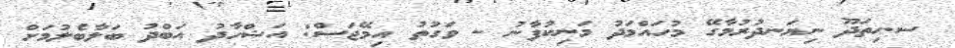
ސ.ހިތަދޫ ނިޔަނދުރުމާގޭ މުހައްމަދު މަނިކުފާނު - ވަގުތު އިމޭޖަސް: އަޝްހާދު އަބްދު ބަލާބެލުމަށް